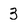
Character: 3